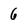
Character: 6